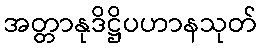
အတ္တာနုဒိဋ္ဌိပဟာနသုတ်